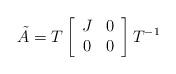
LaTeX: \begin{align*}\tilde{A}= T \left[\begin{array}{cc} J& 0\\0&0\end{array}\right]T^{-1}\end{align*}